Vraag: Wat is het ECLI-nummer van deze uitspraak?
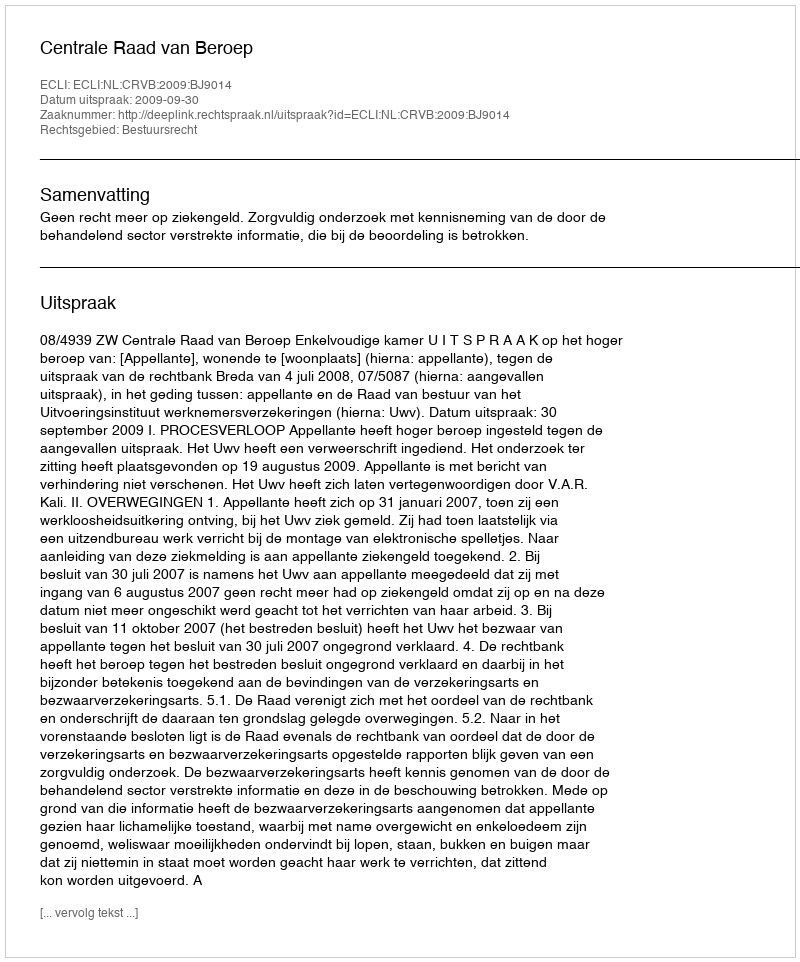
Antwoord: ECLI:NL:CRVB:2009:BJ9014